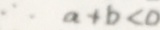
\therefore a + b < 0